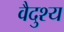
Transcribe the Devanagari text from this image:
वैदुश्य